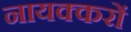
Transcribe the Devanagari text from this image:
नायक्करों